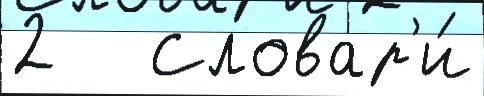
2   Словар'и́